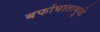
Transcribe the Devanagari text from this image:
बर्फाघातामुळे